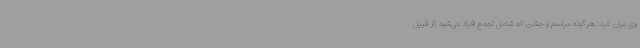
وی بیان کرد: هرگونه مراسم و جشن که شامل تجمع افراد می‌شود (از قبیل